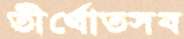
তীর্থোত্সব